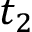
t _ { 2 }